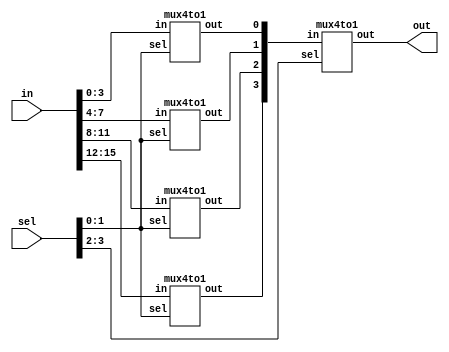
//16to1 mux using 4to1 mux: source code

module mux16to1_v2(in,sel,out);
input [15:0] in;
input [3:0] sel;
output out;
wire [3:0] t;
mux4to1 M0(in[3:0],sel[1:0],t[0]);
mux4to1 M1(in[7:4],sel[1:0],t[1]);
mux4to1 M2(in[11:8],sel[1:0],t[2]);
mux4to1 M3(in[15:12],sel[1:0],t[3]);
mux4to1 M4(t,sel[3:2],out);
endmodule

module mux4to1(in,sel,out);
input [3:0] in;
input [1:0] sel;
output out;
assign out=in[sel];
endmodule